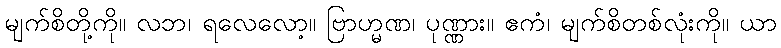
မျက်စိတို့ကို။ လဘ၊ ရလေလော့။ ဗြာဟ္မဏ၊ ပုဏ္ဏား။ ဧကံ၊ မျက်စိတစ်လုံးကို။ ယာ